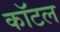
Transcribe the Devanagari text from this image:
कॉटल